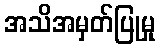
အသိအမှတ်ပြုမှု